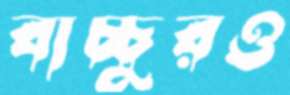
বাচ্চুরও